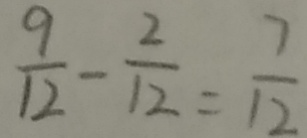
\frac { 9 } { 1 2 } - \frac { 2 } { 1 2 } = \frac { 7 } { 1 2 }